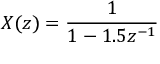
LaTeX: \ X ( z ) = { \frac { 1 } { 1 - 1 . 5 z ^ { - 1 } } }